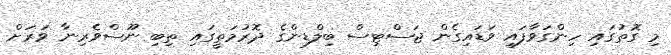
މި ގޮތުގައި ހިންގަވާފައި ވަޑައިގެން ޖަސްޓިސް ބިލްޑިންގެ ދޮރުމަތީގައި ތިބި ނޫސްވެރިނާ ވަރަށް